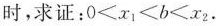
时，求证：$$0 < x _ { 1 } < b < x _ { 2 }$$.